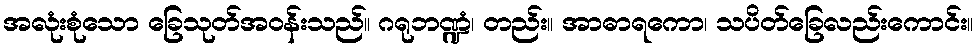
အလုံးစုံသော ခြေသုတ်အဝန်းသည်။ ဂရုဘဏ္ဍံ၊ တည်း။ အာဓာရကော၊ သပိတ်ခြေလည်းကောင်း။